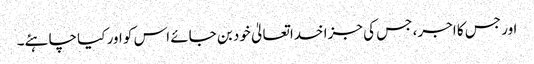
اور جس کا اجر، جس کی جزا خداتعالیٰ خود بن جائے اس کو اور کیا چاہئے۔